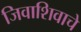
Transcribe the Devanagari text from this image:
जिवाशिवाचे